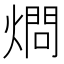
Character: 𱬅